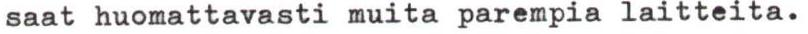
saat huomattavasti muita parempia laitteita.